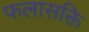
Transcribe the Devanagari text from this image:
फलासक्ति